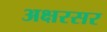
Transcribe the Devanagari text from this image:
अक्षरसर